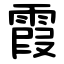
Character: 霞